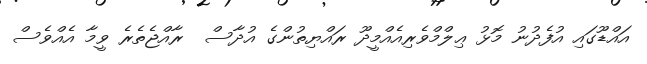
އައްޑޫގައި އުފެދުނު މޮޅު ޢިލްމްވެރިއެއްމީދޫ ރައްޔިތުންގެ އުދާސް  ރާއްޖެތެރެ ވީމާ އެއްވެސް